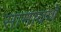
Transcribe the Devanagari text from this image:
सामावणे